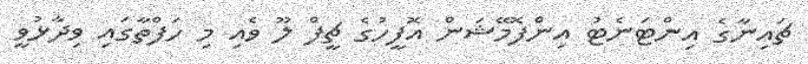
ޗައިނާގެ އިންޓަނެޓު އިންފޮމޭޝަން އޮފީހުގެ ޗީފް ލޫ ވެއި މި ހަފްތާގައި ވިދާޅުވީ